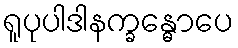
ရူပုပါဒါနက္ခန္ဓောပေ